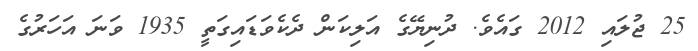
25 ޖުލައި 2012 ގައެވެ. ދުނިޔޭގެ އަލިކަން ދެކެވަޑައިގަތީ 1935 ވަނަ އަހަރުގެ